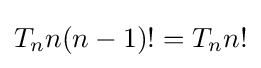
T_{n}n(n-1)!=T_{n}n!